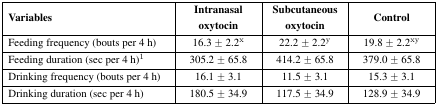
<table><thead><tr><td><b>Variables</b></td><td><b>Intranasal oxytocin</b></td><td><b>Subcutaneous oxytocin</b></td><td><b>Control</b></td></tr></thead><tbody><tr><td>Feeding frequency (bouts per 4 h)</td><td>16.3 ± 2.2<sup>x</sup></td><td>22.2 ± 2.2<sup>y</sup></td><td>19.8 ± 2.2<sup>xy</sup></td></tr><tr><td>Feeding duration (sec per 4 h)<sup>1</sup></td><td>305.2 ± 65.8</td><td>414.2 ± 65.8</td><td>379.0 ± 65.8</td></tr><tr><td>Drinking frequency (bouts per 4 h)</td><td>16.1 ± 3.1</td><td>11.5 ± 3.1</td><td>15.3 ± 3.1</td></tr><tr><td>Drinking duration (sec per 4 h)</td><td>180.5 ± 34.9</td><td>117.5 ± 34.9</td><td>128.9 ± 34.9</td></tr></tbody></table>